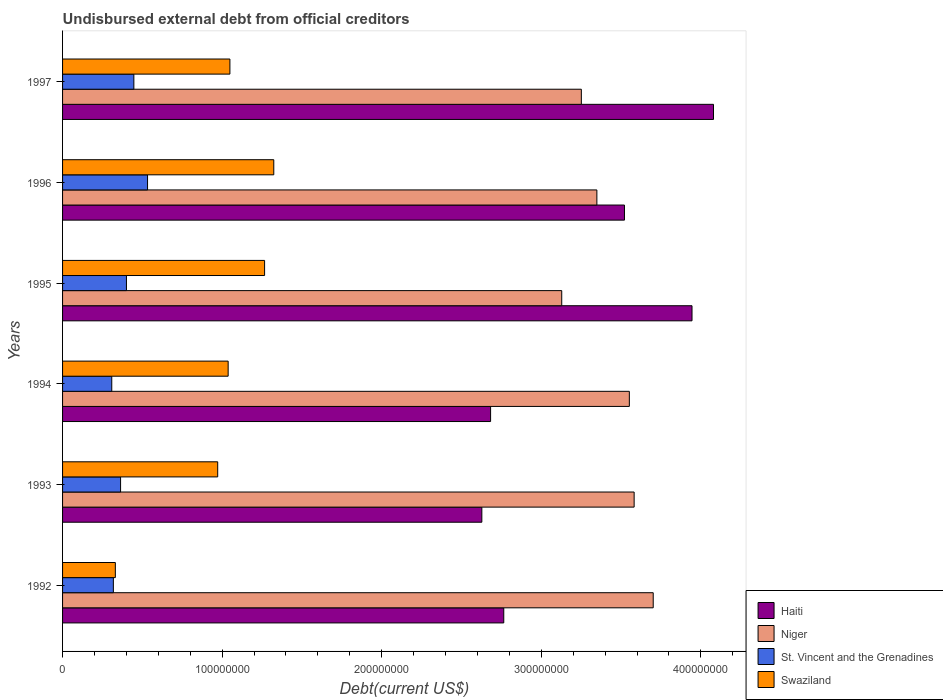
| Years | Haiti | Niger | St. Vincent and the Grenadines | Swaziland |
 | --- | --- | --- | --- | --- |
 | 1992 | 2.76e+08 | 3.7e+08 | 3.18e+07 | 3.31e+07 |
 | 1993 | 2.63e+08 | 3.58e+08 | 3.64e+07 | 9.72e+07 |
 | 1994 | 2.68e+08 | 3.55e+08 | 3.08e+07 | 1.04e+08 |
 | 1995 | 3.94e+08 | 3.13e+08 | 4e+07 | 1.27e+08 |
 | 1996 | 3.52e+08 | 3.35e+08 | 5.33e+07 | 1.32e+08 |
 | 1997 | 4.08e+08 | 3.25e+08 | 4.47e+07 | 1.05e+08 |